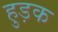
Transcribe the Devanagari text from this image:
हुड़क